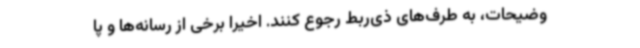
وضیحات، به طرف‌های ذی‌ربط رجوع کنند. اخیراً برخی از رسانه‌ها و پا